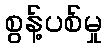
စွန့်ပစ်မှု